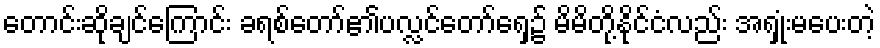
တောင်းဆိုချင်ကြောင်း ခရစ်တော်၏ပလ္လင်တော်ရှေ့၌ မိမိတို့နိုင်ငံလည်း အရှုံးမပေးတဲ့